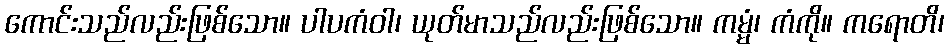
ကောင်းသည်လည်းဖြစ်သော။ ပါပကံဝါ၊ ယုတ်မာသည်လည်းဖြစ်သော။ ကမ္မံ၊ ကံကို။ ကရောတိ၊